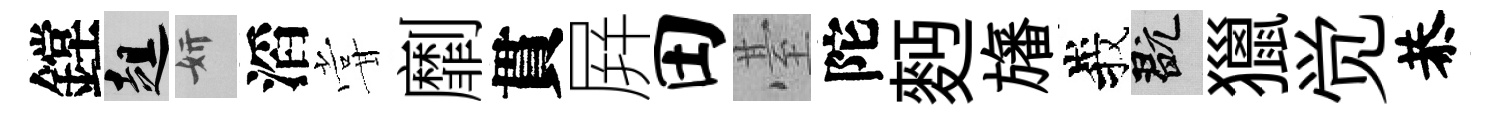
鏜趄妍滔甞劘貫屛田䑓陀麪旛峩玩獵觉恭